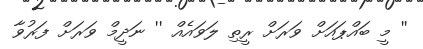
'' މީ ބައްޕައަށް ވަރަށް ރީތި ލަވައެއް '' ނަދީމް ވަރަށް ފަރުވާ